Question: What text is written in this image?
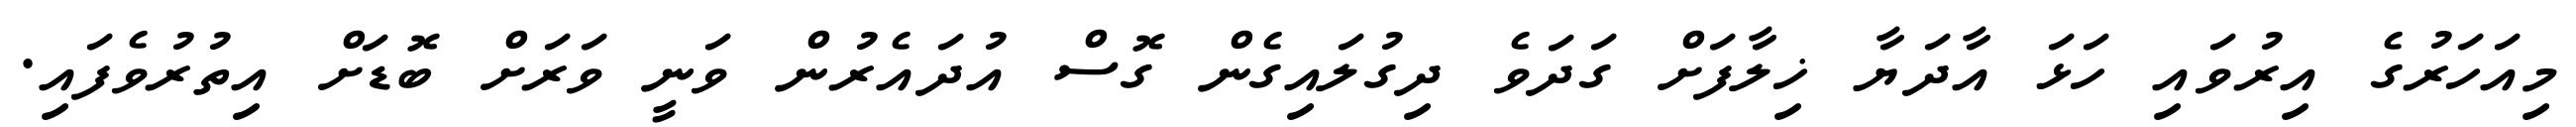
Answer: މިއަހަރުގެ އިރުވައި ހަޅަ އާދަޔާ ޚިލާފަށް ގަދަވެ ދިގުލައިގެން ގޮސް އުދައެރުން ވަނީ ވަރަށް ބޮޑަށް އިތުރުވެފައި.